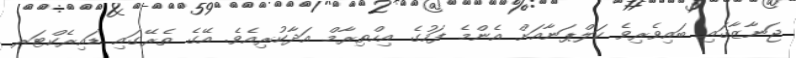
ޖަނާޒާގައި ބައިވެރިވެ ކަލްޕަނާއަށް އެންމެ ފަހުގެ އިހްތިރާމް އަދާކުރިއެވެ. އޭގެ ތެރޭގައި ޑައިރެކްޓަރ